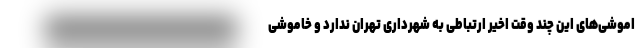
اموشی‌های این چند وقت اخیر ارتباطی به شهرداری تهران ندارد و خاموشی